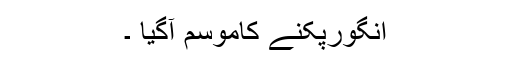
انگورپکنے کاموسم آگیا ۔